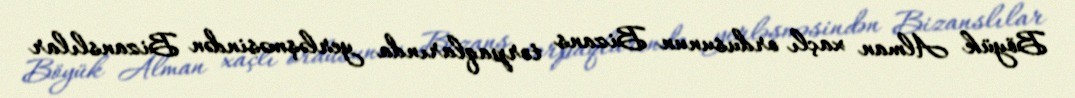
Böyük Alman xaçlı ordusunun Bizans torpaqlarında yerləşməsindən Bizanslılar